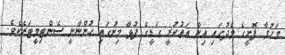
މަހުމާ ފޮށީގެ މެދުގައި އިން އަތުކުރީ ގަޑީގެ ފުޅާ މިނުގައި ހުންނާނީ ސެންޓިމީޓަރެކެވެ.